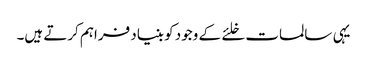
یہی سالمات خلئے کے وجود کو بنیاد فراہم کرتے ہیں۔